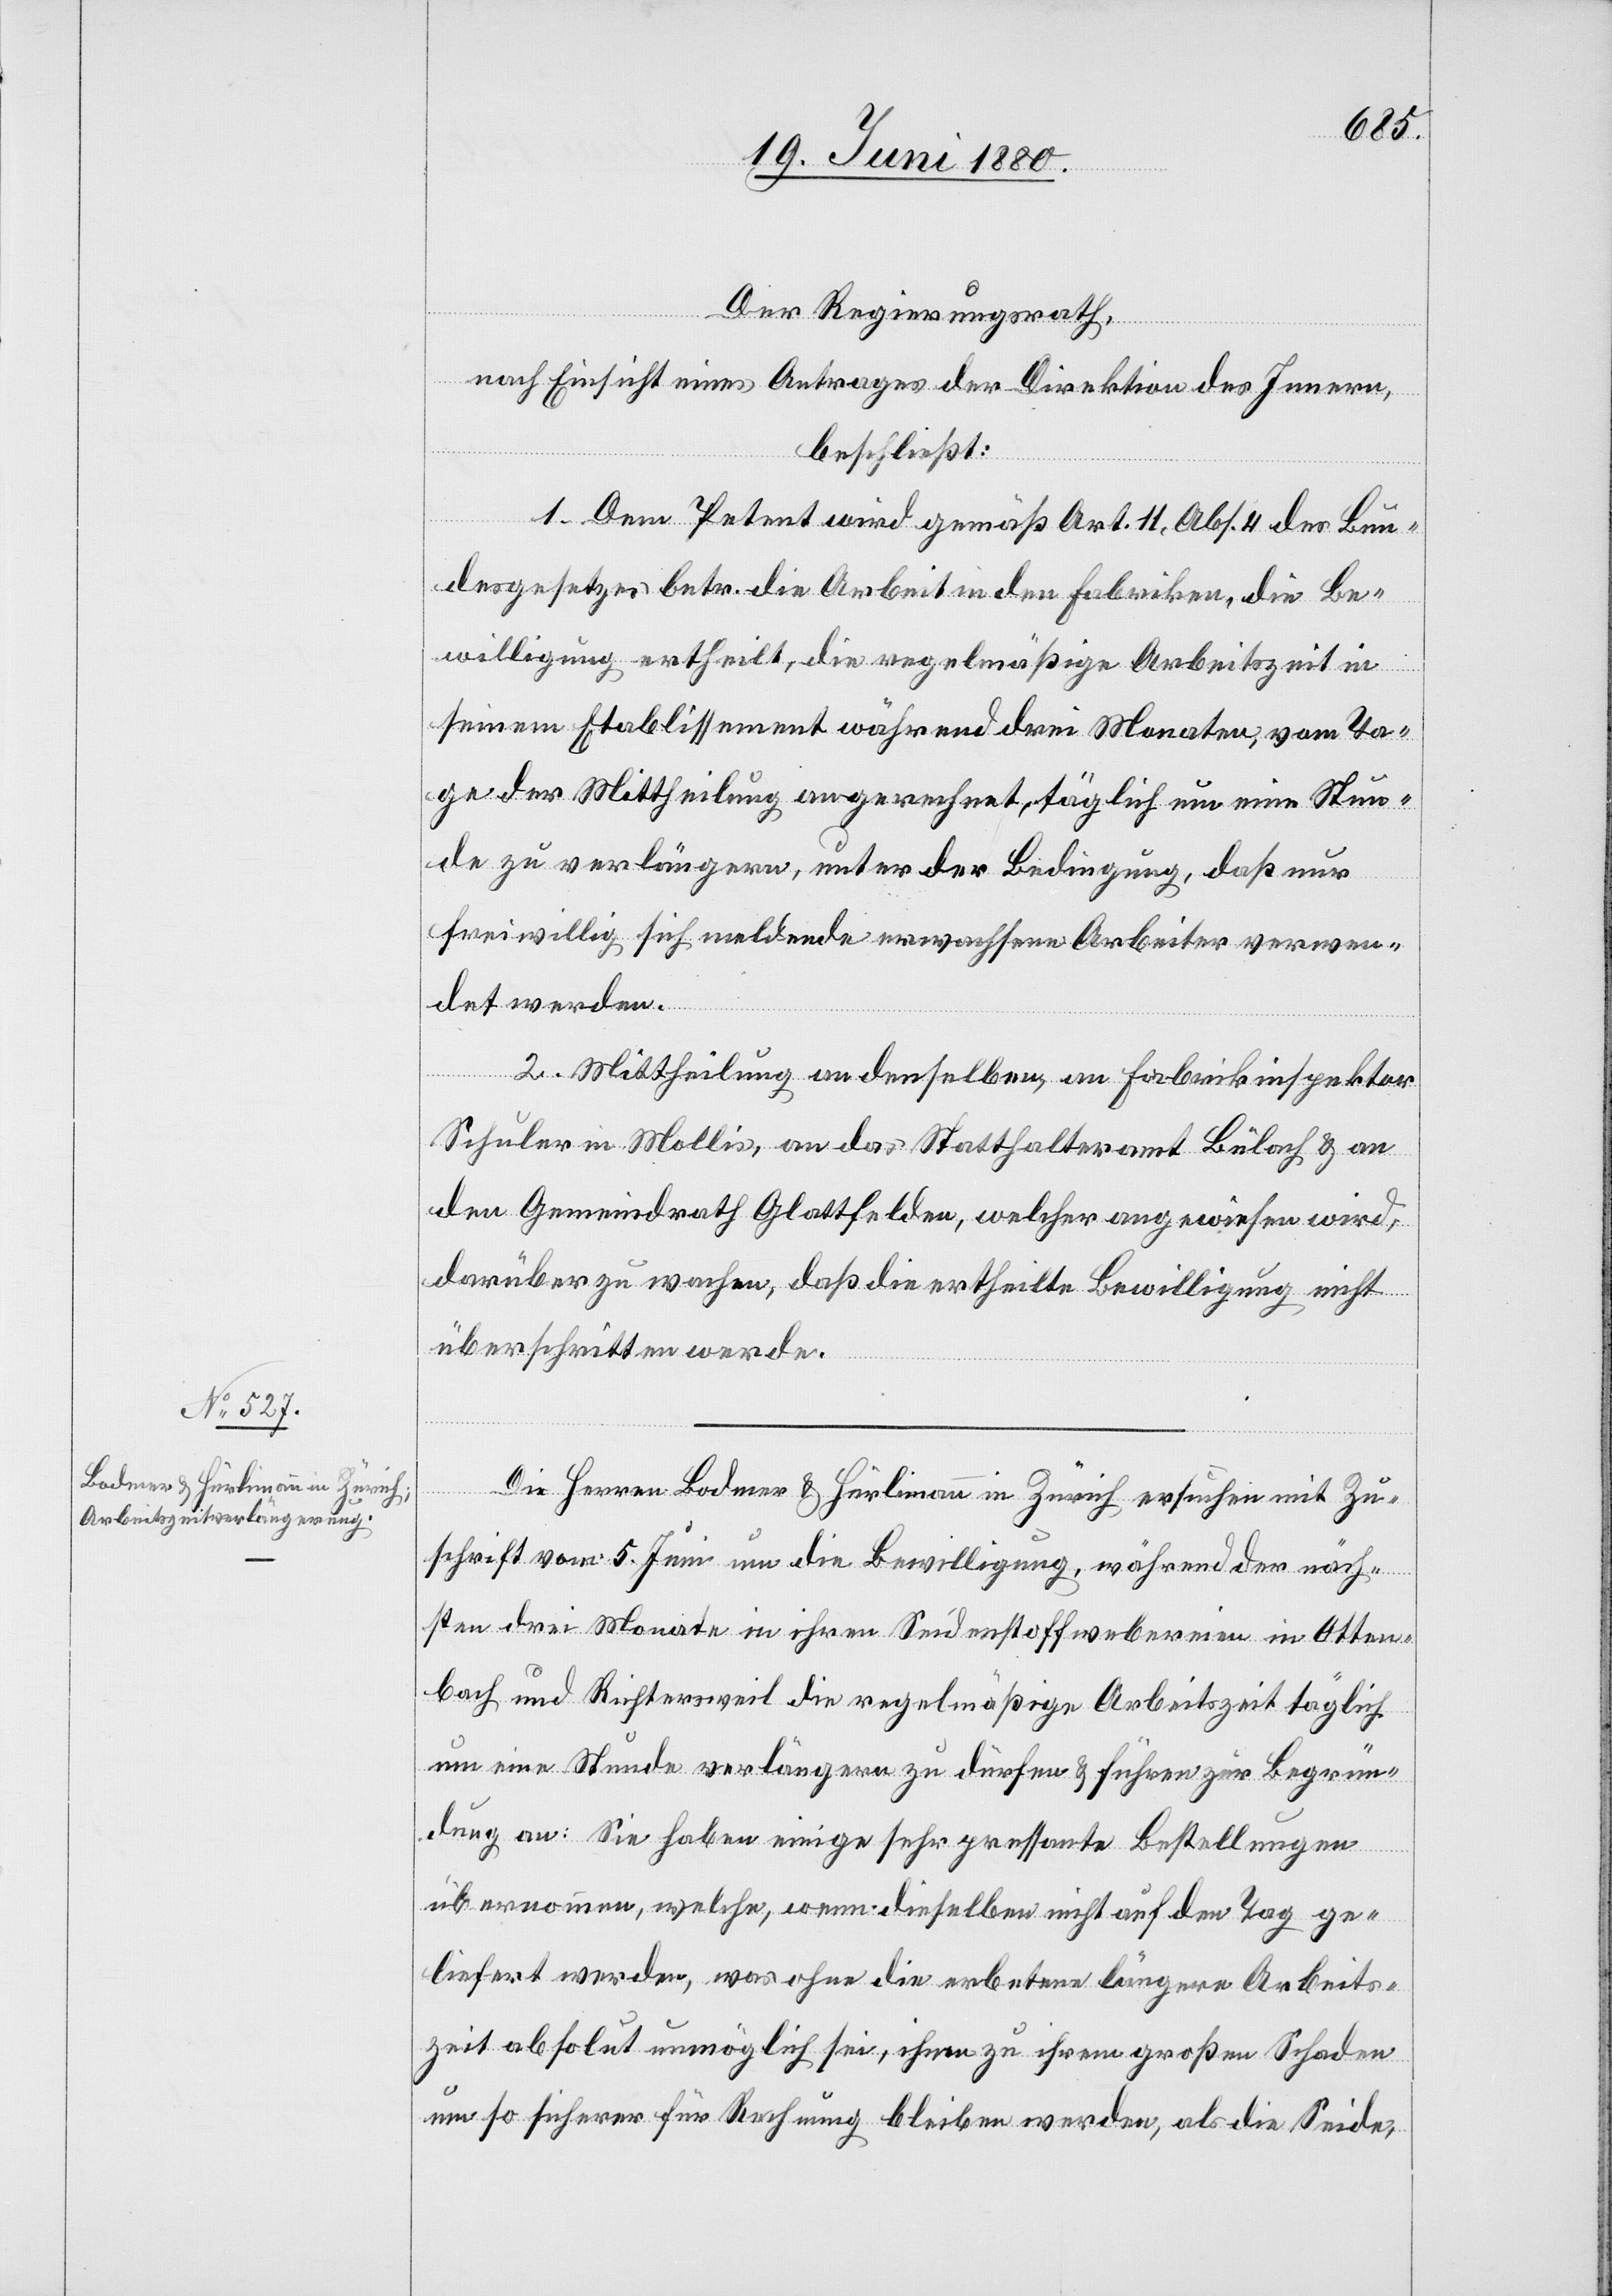
Der Regierungsrath,
nach Einsicht eines Antrages der Direktion des Innern,
beschließt:
1. Dem Petent wird gemäß Art. 11, Abs. 4 des Bun¬
desgesetzes betr. die Arbeit in den Fabriken, die Be¬
willigung ertheilt, die regelmäßige Arbeitszeit in
seinem Etablissement während drei Monaten, vom Ta¬
ge der Mittheilung an gerechnet, täglich um eine Stun¬
de zu verlängern, unter der Bedingung, daß nur
freiwillig sich meldende erwachsene Arbeiter verwen¬
det werden.
2. Mittheilung an denselben, an Fabrikinspektor
Schuler in Mollis, an das Statthalteramt Bülach & an
den Gemeindrath Glattfelden, welcher angewiesen wird,
darüber zu wachen, daß die ertheilte Bewilligung nicht
überschritten werde.
Die Herren Bodmer & Hürlimann in Zürich ersuchen mit Zu¬
schrift vom 5. Juni um die Bewilligung, während der näch¬
sten drei Monate in ihren Seidenstoffwebereien in Otten¬
bach und Richtersweil die regelmäßige Arbeitszeit täglich
um eine Stunde verlängern zu dürfen & führen zur Begrün¬
dung an: Sie haben einige sehr pressante Bestellungen
übernommen, welche, wenn dieselben nicht auf den Tage ge¬
liefert werden, was ohne die erbetene längere Arbeits¬
zeit absolut unmöglich sei, ihnen zu ihrem großen Schaden
um so sicherer für Rechnung bleiben werde, als die Seide,